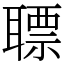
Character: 䏇